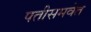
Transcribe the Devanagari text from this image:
पतीसमवेत